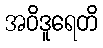
အဝိဒူရေတိ